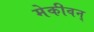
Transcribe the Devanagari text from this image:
मेकीवन्